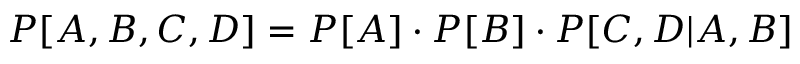
P [ A , B , C , D ] = P [ A ] \cdot P [ B ] \cdot P [ C , D | A , B ]